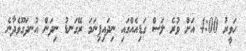
ހަވީރު 4:00 އަށް ވުރެ ލަސް ގަޑިއެއްގައި ނިދައިފިނަމަ ރޭގަނޑު ނިދަން އުނދަގޫވެދާނެ